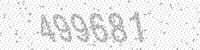
Solution: 499681